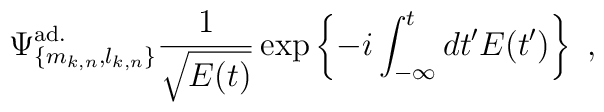
\Psi^{{\rm ad.}}_{\{m_{k,n},l_{k,n}\}} \frac{1}{\sqrt{E(t)}}\exp\left\{ -i \int_{-\infty}^{t} dt' E(t')\right\}\ ,